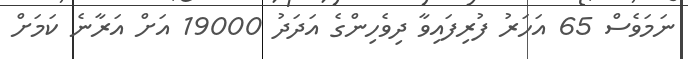
ނަމަވެސް 65 އަހަރު ފުރިފައިވާ ދިވެހިންގެ އަދަދު 19000 އަށް އަރާނެ ކަމަށް